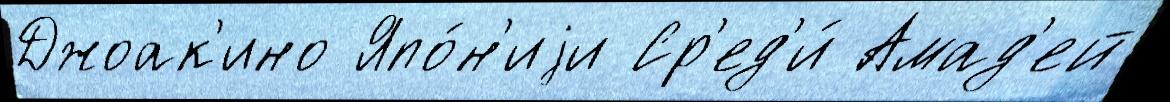
Джоак'ино Япо́н'иjи Ср'ед'и́ Амад'ей